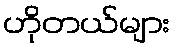
ဟိုတယ်များ